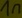
Text: 1n